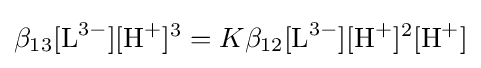
\beta _{13}[{\mathrm {L} {\vphantom {A}}^{3-}}][{\mathrm {H} {\vphantom {A}}^{+}}]^{3}=K\beta _{12}[{\mathrm {L} {\vphantom {A}}^{3-}}][{\mathrm {H} {\vphantom {A}}^{+}}]^{2}[{\mathrm {H} {\vphantom {A}}^{+}}]